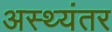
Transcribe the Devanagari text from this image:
अस्थ्यंतर